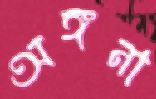
অঙ্গনা